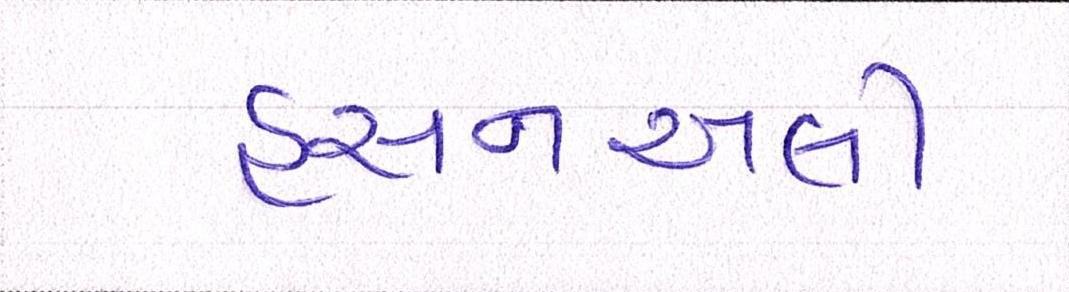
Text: હસનઅલી